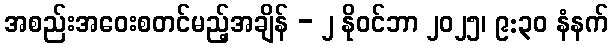
အစည်းအဝေးစတင်မည့်အချိန် - ၂ နိုဝင်ဘာ ၂၀၂၅၊ ၉:၃၀ နံနက်